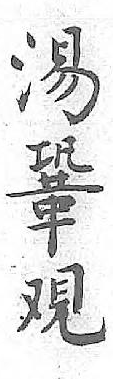
湯鞏覌